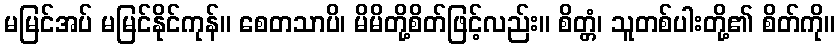
မမြင်အပ် မမြင်နိုင်ကုန်။ စေတသာပိ၊ မိမိတို့စိတ်ဖြင့်လည်း။ စိတ္တံ၊ သူတစ်ပါးတို့၏ စိတ်ကို။